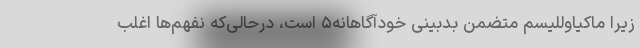
زیرا ماکیاوللیسم متضمن بدبینی خودآگاهانه۵ است، درحالی‌که نفهم‌ها اغلب